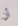
أن